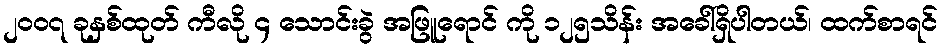
၂၀ဝ၇ ခုနှစ်ထုတ် ကီလို ၄ သောင်းခွဲ အဖြူရောင် ကို ၁၂၅သိန်း အခေါ်ရှိပါတယ်၊ ထက်စာရင်